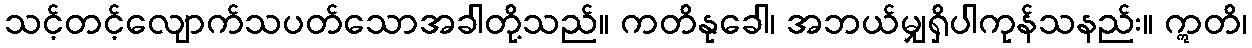
သင့်တင့်လျောက်သပတ်သောအခါတို့သည်။ ကတိနုခေါ၊ အဘယ်မျှရှိပါကုန်သနည်း။ ဣတိ၊